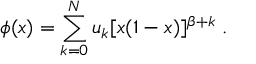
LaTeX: \phi ( x ) = \sum _ { k = 0 } ^ { N } u _ { k } [ x ( 1 - x ) ] ^ { \beta + k } \; .